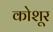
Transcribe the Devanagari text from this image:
कोशूर